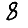
Digit: 8